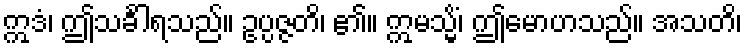
ဣဒံ၊ ဤသင်္ခါရသည်။ ဥပ္ပဇ္ဇတိ၊ ၏။ ဣမသ္မိံ၊ ဤမောဟသည်။ အသတိ၊